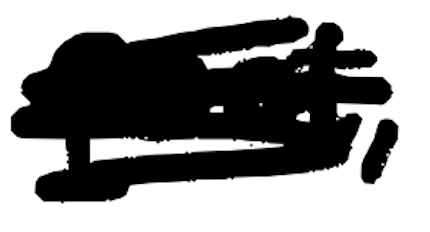
Text: poet,
Cross-out: scratch
Writing tool: digital_black